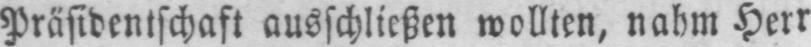
Präsidentschaft ausschließen wollten, nahm Herr